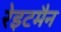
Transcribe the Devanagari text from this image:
रेइटमैन